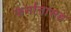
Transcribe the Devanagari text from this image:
फर्मानासह